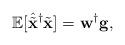
LaTeX: \begin{align*}\mathbb{E}[\hat{\tilde{\mathbf{x}}}^{\dag}\tilde{\mathbf{x}}]=\mathbf{w}^{\dag}\mathbf{g},\end{align*}